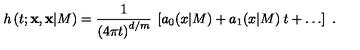
h \left( t ; { \bf x } , { \bf x } | M \right) = \frac { 1 } { \left( 4 \pi t \right) ^ { d / m } } \: \left[ a _ { 0 } ( x | M ) + a _ { 1 } ( x | M ) \: t + \dots \right] \ .